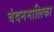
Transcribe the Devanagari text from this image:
बंदनमालिका